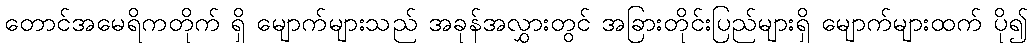
တောင်အမေရိကတိုက် ရှိ မျောက်များသည် အခုန်အလွှားတွင် အခြားတိုင်းပြည်များရှိ မျောက်များထက် ပို၍